Scottish Leaving Certificate Examination, 1955
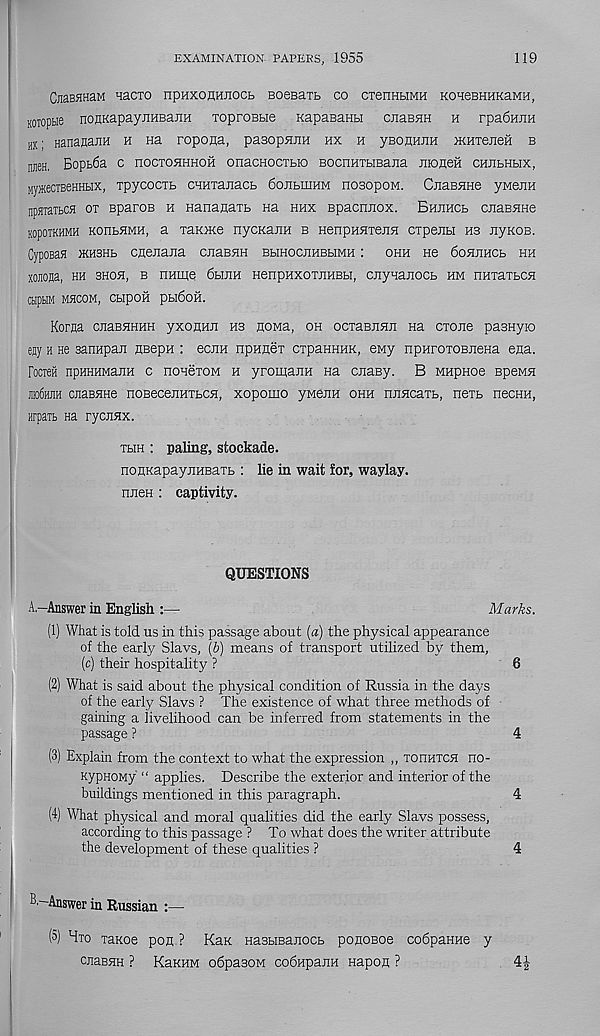
EXAMINATION PAPERS, 1955
119
CnasHHaM Macro npnxonHiiocb BoeBatb co crenKtiMH KOHeBHHKaMH,
Koropbie nonKapayjiHBaiiH xoproBBie KapasaHti cnaBHH h rpa6HEH
mx ; Hananann h na ropona, pasopsiEH hx h ybohheh JKHxejieH b
HjIUH, Bopbfia C nOCTOHHHOH OnaCHOCTBIO BOCnHTBIBaEa Eioneil CHEbHbIX,
MyffieciBeHHbix, xpycocxb CMHxaiiacb 6ojibiiiHM nosopoM. CEaBHHe yMeiiH
nparaibCH ox BparoB h HananaTb na hhx Bpacnnox. Bhjihcb CEaBHHe
KOpOTKHMH KOnbHMH, a TaKIKe nyCKaEH B HenpuaxeilH CTpeEbI H3 EyKOB.
Cyposaa jkhshb cneEana cEaBHH BHHocEHBbiMH : ohh ho 6ohehcb hh
XOJIOJia, HH SHOE, B HHUie 6bIJIH HenpHXOTEHBH, CEynaEOCb HM nHTaTbCE
CbipbIM M3C0M, CbipOH pbl6oa.
Koraa cnaBHHHH yxonnE hb EOMa, oh ocxaBUHn na crone pasHyio
eay h He sanapan EBepH : eciiH npHnex cxpaHHHK, eny npHroxoBEena eHa.
FocreH npHHHManH c nonexoM h yromaEH Ha cnaBy. B MHpnoe BpeMH
jiio6hjih cxaBHHe noBeceEHXbcn, xopomo yM6EH ohh nEHcaxb, nexb hochh,
Hrpaib na rycEHx.
xbih : paling, stockade.
noHKapayjiHBaxb : lie in wait for, waylay.
rnieH : captivity.
QUESTIONS
A,-Answer in English :—
Marks.
(1) What is told us in this passage about [a) the physical appearance
of the early Slavs, (b) means of transport utilized by them,
(c) their hospitality ?
6
(2) What is said about the physical condition of Russia in the days
of the early Slavs ? The existence of what three methods of
gaining a livelihood can be inferred from statements in the
passage ?
4
(3) Explain from the context to what the expression ,, toiihtch no-
KypnoMy “ applies. Describe the exterior and interior of the
buildings mentioned in this paragraph.
4
(4) What physical and moral qualities did the early Slavs possess,
according to this passage ? To what does the writer attribute
the development of these qualities ?
4
3—Answer in Russian :—
(5) Hxo xanoe pog ? Kax Hasbisanocb ponoBoe cobpaHHe y
cjiaBHH ? Kekhm obpasoM codHpaiiH napon ?
4J